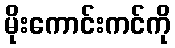
မိုးကောင်းကင်ကို